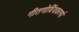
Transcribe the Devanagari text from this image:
गीतगोविंदकर्त्या